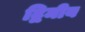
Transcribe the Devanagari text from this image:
द्विमीय